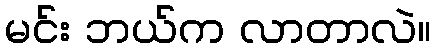
မင်း ဘယ်က လာတာလဲ။